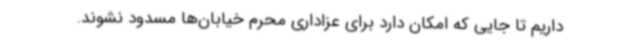
داریم تا جایی که امکان دارد برای عزاداری محرم خیابان‌ها مسدود نشوند.